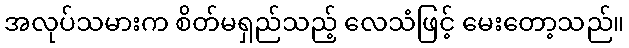
အလုပ်သမားက စိတ်မရှည်သည့် လေသံဖြင့် မေးတော့သည်။